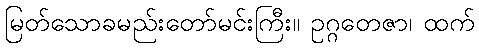
မြတ်သောခမည်းတော်မင်းကြီး။ ဥဂ္ဂတေဇာ၊ ထက်